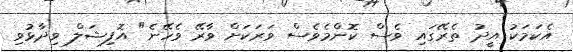
އެކަމަކު އީދު ތެރޭގައި ވެސް ކޮންމެވެސް ވަރަކަށް ވާރޭ ވެހޭނެ" އޮފިޝަލް ވިދާޅުވި